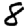
Digit: 8